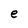
Character: e